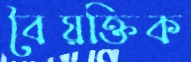
বৈয়ক্তিক